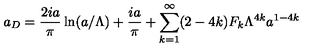
a _ { D } = \frac { 2 i a } { \pi } \ln ( a / \Lambda ) + \frac { i a } { \pi } + \sum _ { k = 1 } ^ { \infty } ( 2 - 4 k ) F _ { k } \Lambda ^ { 4 k } a ^ { 1 - 4 k }